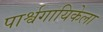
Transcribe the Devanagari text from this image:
पार्श्वगायिकेला